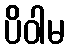
ပိဝါမ